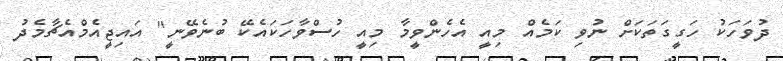
ދުވަހަކު ހަގީގަތަކަށް ނުވި ކަމެއް މިއީ އެހެންވީމާ މިއީ ހުސްވާހަކައެކޭ ބުނެވޭނީ" އައިޖީއެމްއެޗާމެދު